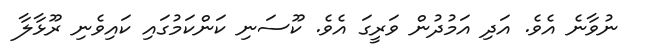
ނުވާނެ އެވެ. އަދި އަމުދުން ވަރީގަ އެވެ. ކޫސަނި ކަންކަމުގައި ކައިވެނި ރޫޅާލާ